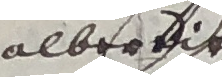
alber it